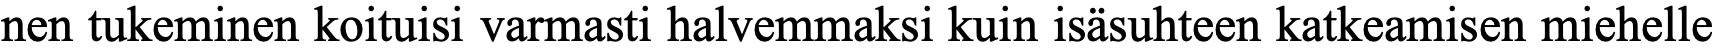
nen tukeminen koituisi varmasti halvemmaksi kuin isäsuhteen katkeamisen miehelle